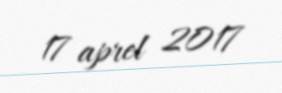
17 aprel 2017